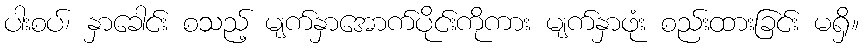
ပါးစပ်၊ နှာခေါင်း စသည့် မျက်နှာအောက်ပိုင်းကိုကား မျက်နှာဖုံး စည်းထားခြင်း မရှိ။